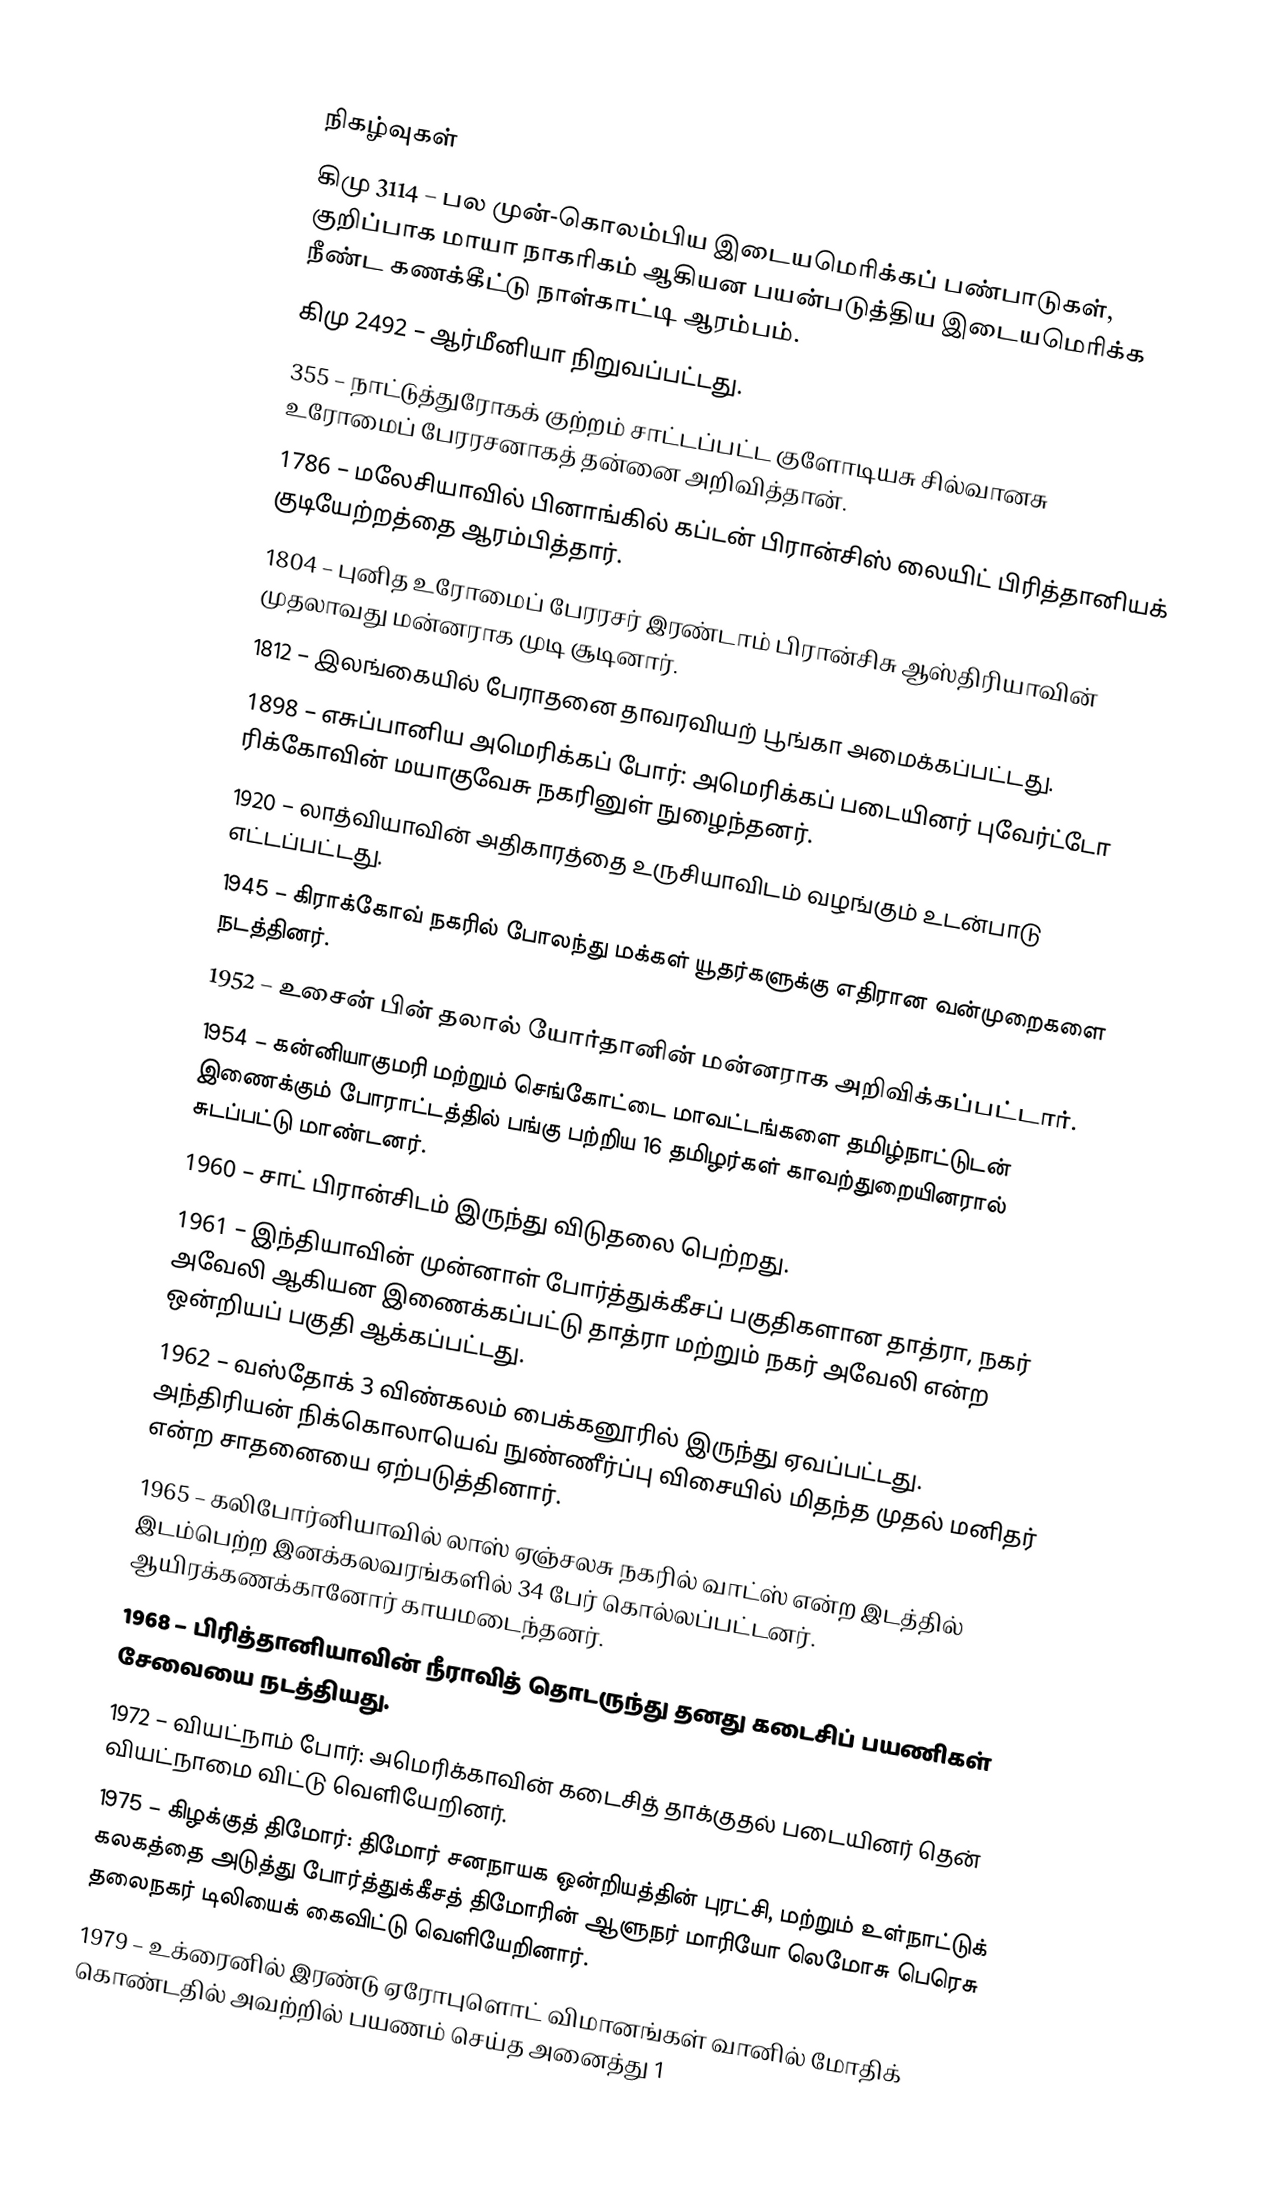

நிகழ்வுகள்
கிமு 3114 – பல முன்-கொலம்பிய இடையமெரிக்கப் பண்பாடுகள், குறிப்பாக மாயா நாகரிகம் ஆகியன பயன்படுத்திய இடையமெரிக்க நீண்ட கணக்கீட்டு நாள்காட்டி ஆரம்பம்.
கிமு 2492 – ஆர்மீனியா நிறுவப்பட்டது.
355 – நாட்டுத்துரோகக் குற்றம் சாட்டப்பட்ட குளோடியசு சில்வானசு உரோமைப் பேரரசனாகத் தன்னை அறிவித்தான்.
1786 – மலேசியாவில் பினாங்கில் கப்டன் பிரான்சிஸ் லையிட் பிரித்தானியக் குடியேற்றத்தை ஆரம்பித்தார்.
1804 – புனித உரோமைப் பேரரசர் இரண்டாம் பிரான்சிசு ஆஸ்திரியாவின் முதலாவது மன்னராக முடி சூடினார்.
1812 – இலங்கையில் பேராதனை தாவரவியற் பூங்கா அமைக்கப்பட்டது.
1898 – எசுப்பானிய அமெரிக்கப் போர்: அமெரிக்கப் படையினர் புவேர்ட்டோ ரிக்கோவின் மயாகுவேசு நகரினுள் நுழைந்தனர்.
1920 – லாத்வியாவின் அதிகாரத்தை உருசியாவிடம் வழங்கும் உடன்பாடு எட்டப்பட்டது.
1945 – கிராக்கோவ் நகரில் போலந்து மக்கள் யூதர்களுக்கு எதிரான வன்முறைகளை நடத்தினர்.
1952 – உசைன் பின் தலால் யோர்தானின் மன்னராக அறிவிக்கப்பட்டார்.
1954 – கன்னியாகுமரி மற்றும் செங்கோட்டை மாவட்டங்களை தமிழ்நாட்டுடன் இணைக்கும் போராட்டத்தில் பங்கு பற்றிய 16 தமிழர்கள் காவற்துறையினரால் சுடப்பட்டு மாண்டனர்.
1960 – சாட் பிரான்சிடம் இருந்து விடுதலை பெற்றது.
1961 – இந்தியாவின் முன்னாள் போர்த்துக்கீசப் பகுதிகளான தாத்ரா, நகர் அவேலி ஆகியன இணைக்கப்பட்டு தாத்ரா மற்றும் நகர் அவேலி என்ற ஒன்றியப் பகுதி ஆக்கப்பட்டது.
1962 – வஸ்தோக் 3 விண்கலம் பைக்கனூரில் இருந்து ஏவப்பட்டது. அந்திரியன் நிக்கொலாயெவ் நுண்ணீர்ப்பு விசையில் மிதந்த முதல் மனிதர் என்ற சாதனையை ஏற்படுத்தினார்.
1965 – கலிபோர்னியாவில் லாஸ் ஏஞ்சலசு நகரில் வாட்ஸ் என்ற இடத்தில் இடம்பெற்ற இனக்கலவரங்களில் 34 பேர் கொல்லப்பட்டனர். ஆயிரக்கணக்கானோர் காயமடைந்தனர்.
1968 – பிரித்தானியாவின் நீராவித் தொடருந்து தனது கடைசிப் பயணிகள் சேவையை நடத்தியது.
1972 – வியட்நாம் போர்: அமெரிக்காவின் கடைசித் தாக்குதல் படையினர் தென் வியட்நாமை விட்டு வெளியேறினர்.
1975 – கிழக்குத் திமோர்: திமோர் சனநாயக ஒன்றியத்தின் புரட்சி, மற்றும் உள்நாட்டுக் கலகத்தை அடுத்து போர்த்துக்கீசத் திமோரின் ஆளுநர் மாரியோ லெமோசு பெரெசு தலைநகர் டிலியைக் கைவிட்டு வெளியேறினார்.
1979 – உக்ரைனில் இரண்டு ஏரோபுளொட் விமானங்கள் வானில் மோதிக் கொண்டதில் அவற்றில் பயணம் செய்த அனைத்து 1